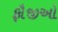
ફૌજીઓ